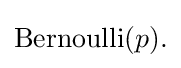
{\textstyle \mathrm {Bernoulli} (p).}